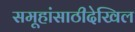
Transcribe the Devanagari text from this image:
समूहांसाठीदेखिल